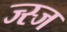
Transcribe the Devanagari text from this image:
ज्स्ज